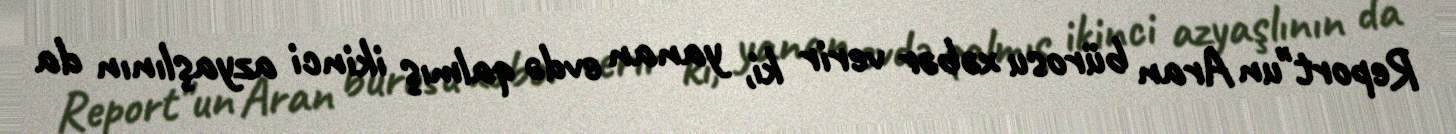
Report"un Aran bürosu xəbər verir ki, yanan evdə qalmış ikinci azyaşlının da